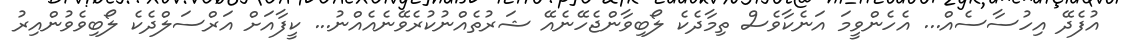
އުފެދޭ އިހުސާސެއް... އެހެންވީމަ އަނެކާވެސް ތިމާދެކެ ލޯބިވާންޖެހޭނެއޭ ޝަރުތެއްނުކުރެވޭނެއެއްނު... ކީފާއަށް އަރްސަލްދެކެ ލޯބިވެވުންއިރު